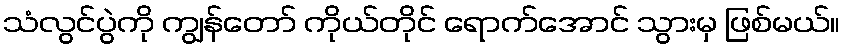
သံလွင်ပွဲကို ကျွန်တော် ကိုယ်တိုင် ရောက်အောင် သွားမှ ဖြစ်မယ်။